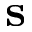
\mathbf { s }